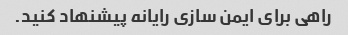
راهی برای ایمن سازی رایانه پیشنهاد کنید.